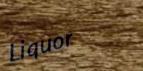
Liquor